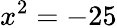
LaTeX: x^{2}=-25